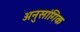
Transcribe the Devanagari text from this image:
अनुसांगिक